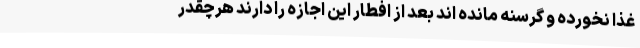
غذا نخورده و گرسنه مانده اند بعد از افطار این اجازه را دارند هرچقدر